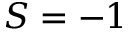
S = - 1